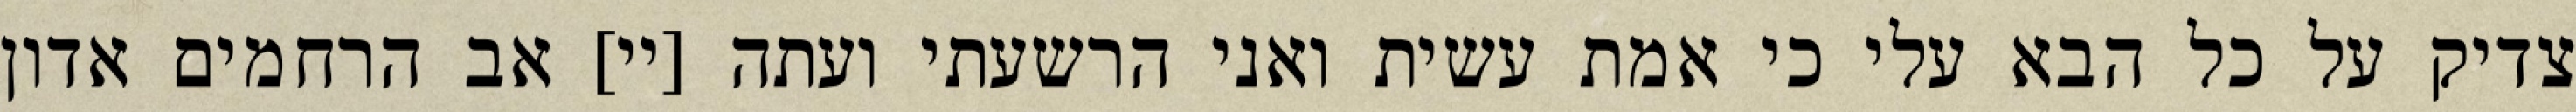
צדיק על כל הבא עלי כי אמת עשית ואני הרשעתי ועתה [יי] אב הרחמים אדון